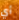
أي